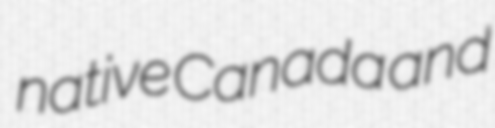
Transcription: native Canada and